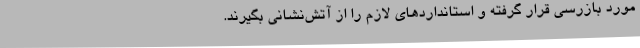
مورد بازرسی قرار گرفته و استانداردهای لازم را از آتش‌نشانی بگیرند.